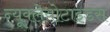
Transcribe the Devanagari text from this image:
न्यूक्लेयोटाइडस